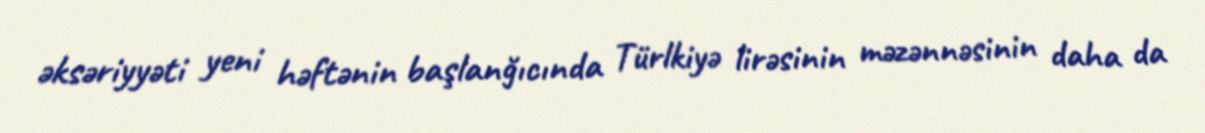
əksəriyyəti yeni həftənin başlanğıcında Türlkiyə lirəsinin məzənnəsinin daha da